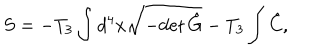
S = - T _ { 3 } \int d ^ { 4 } x \sqrt { - \mathrm { d e t } \, \hat { G } } - T _ { 3 } \int \hat { C } ,